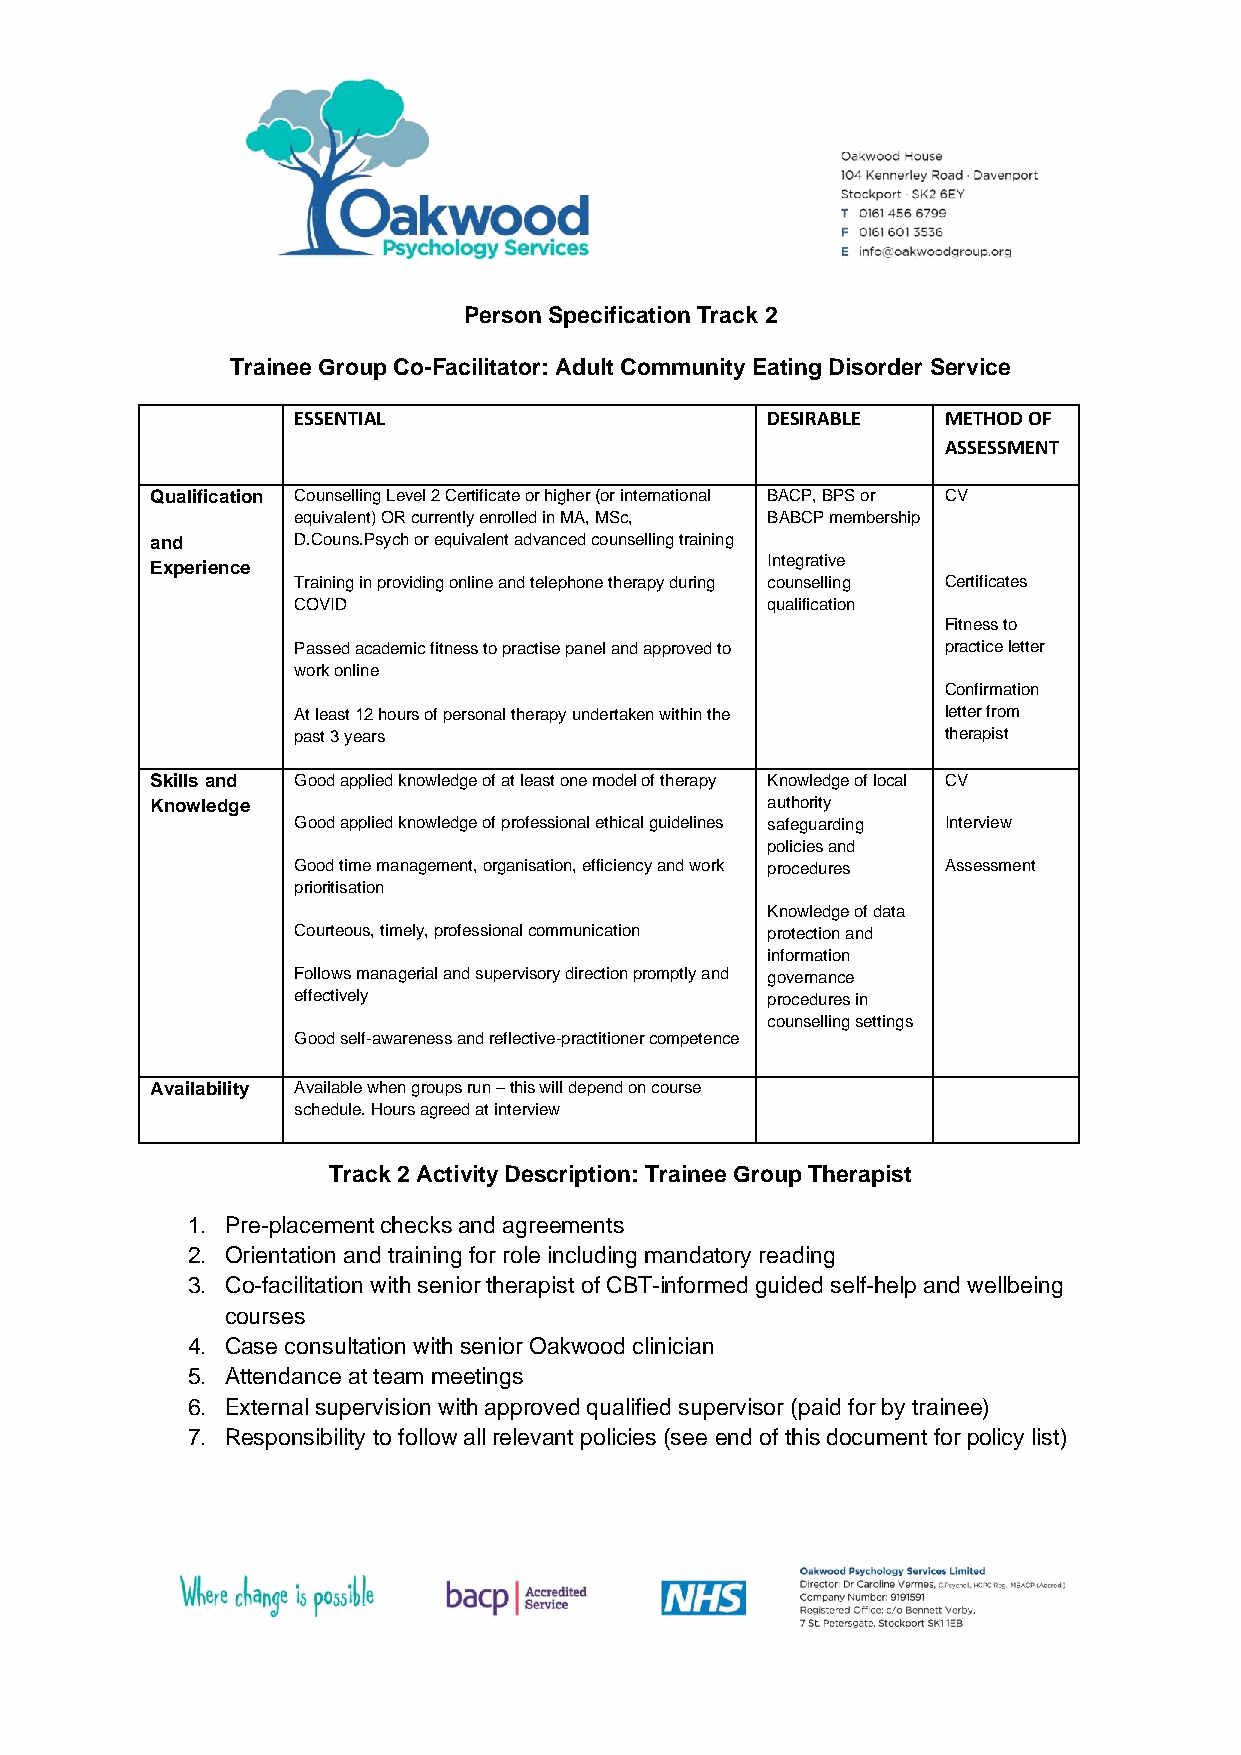
Person Specification Track 2
 Trainee Group Co-Facilitator: Adult Community Eating Disorder Service
 ESSENTIAL                       DESIRABLE  METHOD OF
 ASSESSMENT
 Qualification Counselling Level 2 Certificate or higher (or international BACP, BPS or CV
 equivalent) OR currently enrolled in MA, MSc, BABCP membership
 and      D.Couns.Psych or equivalent advanced counselling training
 Experience                               Integrative
 Training in providing online and telephone therapy during counselling Certificates
 COVID                           qualification
 Fitness to
 Passed academic fitness to practise panel and approved to practice letter
 work online
 Confirmation
 At least 12 hours of personal therapy undertaken within the letter from
 past 3 years                               therapist
 Skills and Good applied knowledge of at least one model of therapy Knowledge of local CV
 Knowledge                                authority
 Good applied knowledge of professional ethical guidelines safeguarding Interview
 policies and
 Good time management, organisation, efficiency and work procedures Assessment
 prioritisation
 Knowledge of data
 Courteous, timely, professional communication protection and
 information
 Follows managerial and supervisory direction promptly and governance
 effectively                     procedures in
 counselling settings
 Good self-awareness and reflective-practitioner competence
 Availability Available when groups run – this will depend on course
 schedule. Hours agreed at interview
 Track 2 Activity Description: Trainee Group Therapist
 1. Pre-placement checks and agreements
 2. Orientation and training for role including mandatory reading
 3. Co-facilitation with senior therapist of CBT-informed guided self-help and wellbeing
 courses
 4. Case consultation with senior Oakwood clinician
 5. Attendance at team meetings
 6. External supervision with approved qualified supervisor (paid for by trainee)
 7. Responsibility to follow all relevant policies (see end of this document for policy list)